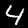
Digit: 4